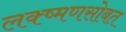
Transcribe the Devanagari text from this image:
लक्ष्मणसोबत